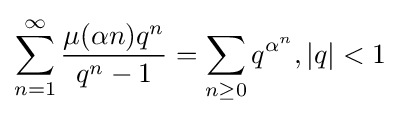
\sum _{n=1}^{\infty }{\frac {\mu (\alpha n)q^{n}}{q^{n}-1}}=\sum _{n\geq 0}q^{\alpha ^{n}},|q|<1